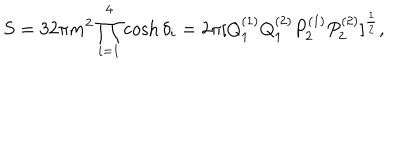
S = 3 2 \pi m ^ { 2 } \prod _ { i = 1 } ^ { 4 } \cosh \delta _ { i } = 2 \pi [ Q _ { 1 } ^ { ( 1 ) } Q _ { 1 } ^ { ( 2 ) } P _ { 2 } ^ { ( 1 ) } P _ { 2 } ^ { ( 2 ) } ] ^ { \frac { 1 } { 2 } } ,